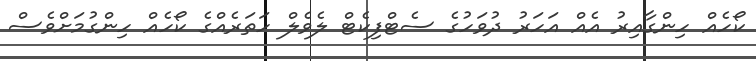
ކޯހެއް ހިންގާއިރު އެއް އަހަރު ދުވަހުގެ ސެޓްފިކެޓް ލެވެލް ހަތަރެއްގެ ކޯހެއް ހިންގުމަށްވެސް